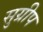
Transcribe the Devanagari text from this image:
सुग्रीप